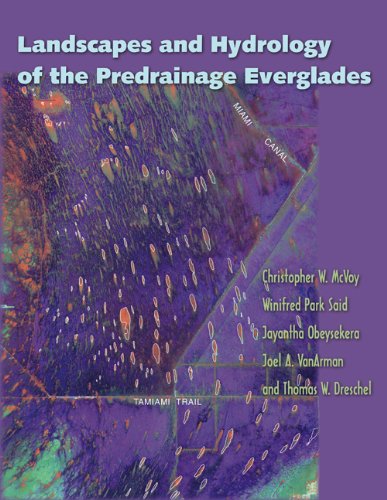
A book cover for Landscapes and Hydrology of the Predrainage Everglades; Christopher W. McVoy; Science & Math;